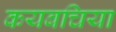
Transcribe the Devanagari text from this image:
कयबचिया